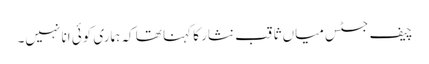
چیف جسٹس میاں ثاقب نثار کا کہنا تھا کہ ہماری کوئی انا نہیں۔